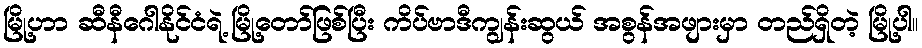
မြို့ဟာ ဆီနီဂေါနိုင်ငံရဲ့ မြို့တော်ဖြစ်ပြီး ကိပ်ဗာဒီကျွန်းဆွယ် အစွန်အဖျားမှာ တည်ရှိတဲ့ မြို့ပါ။